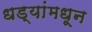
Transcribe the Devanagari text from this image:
धड्यांमधून